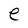
Character: e